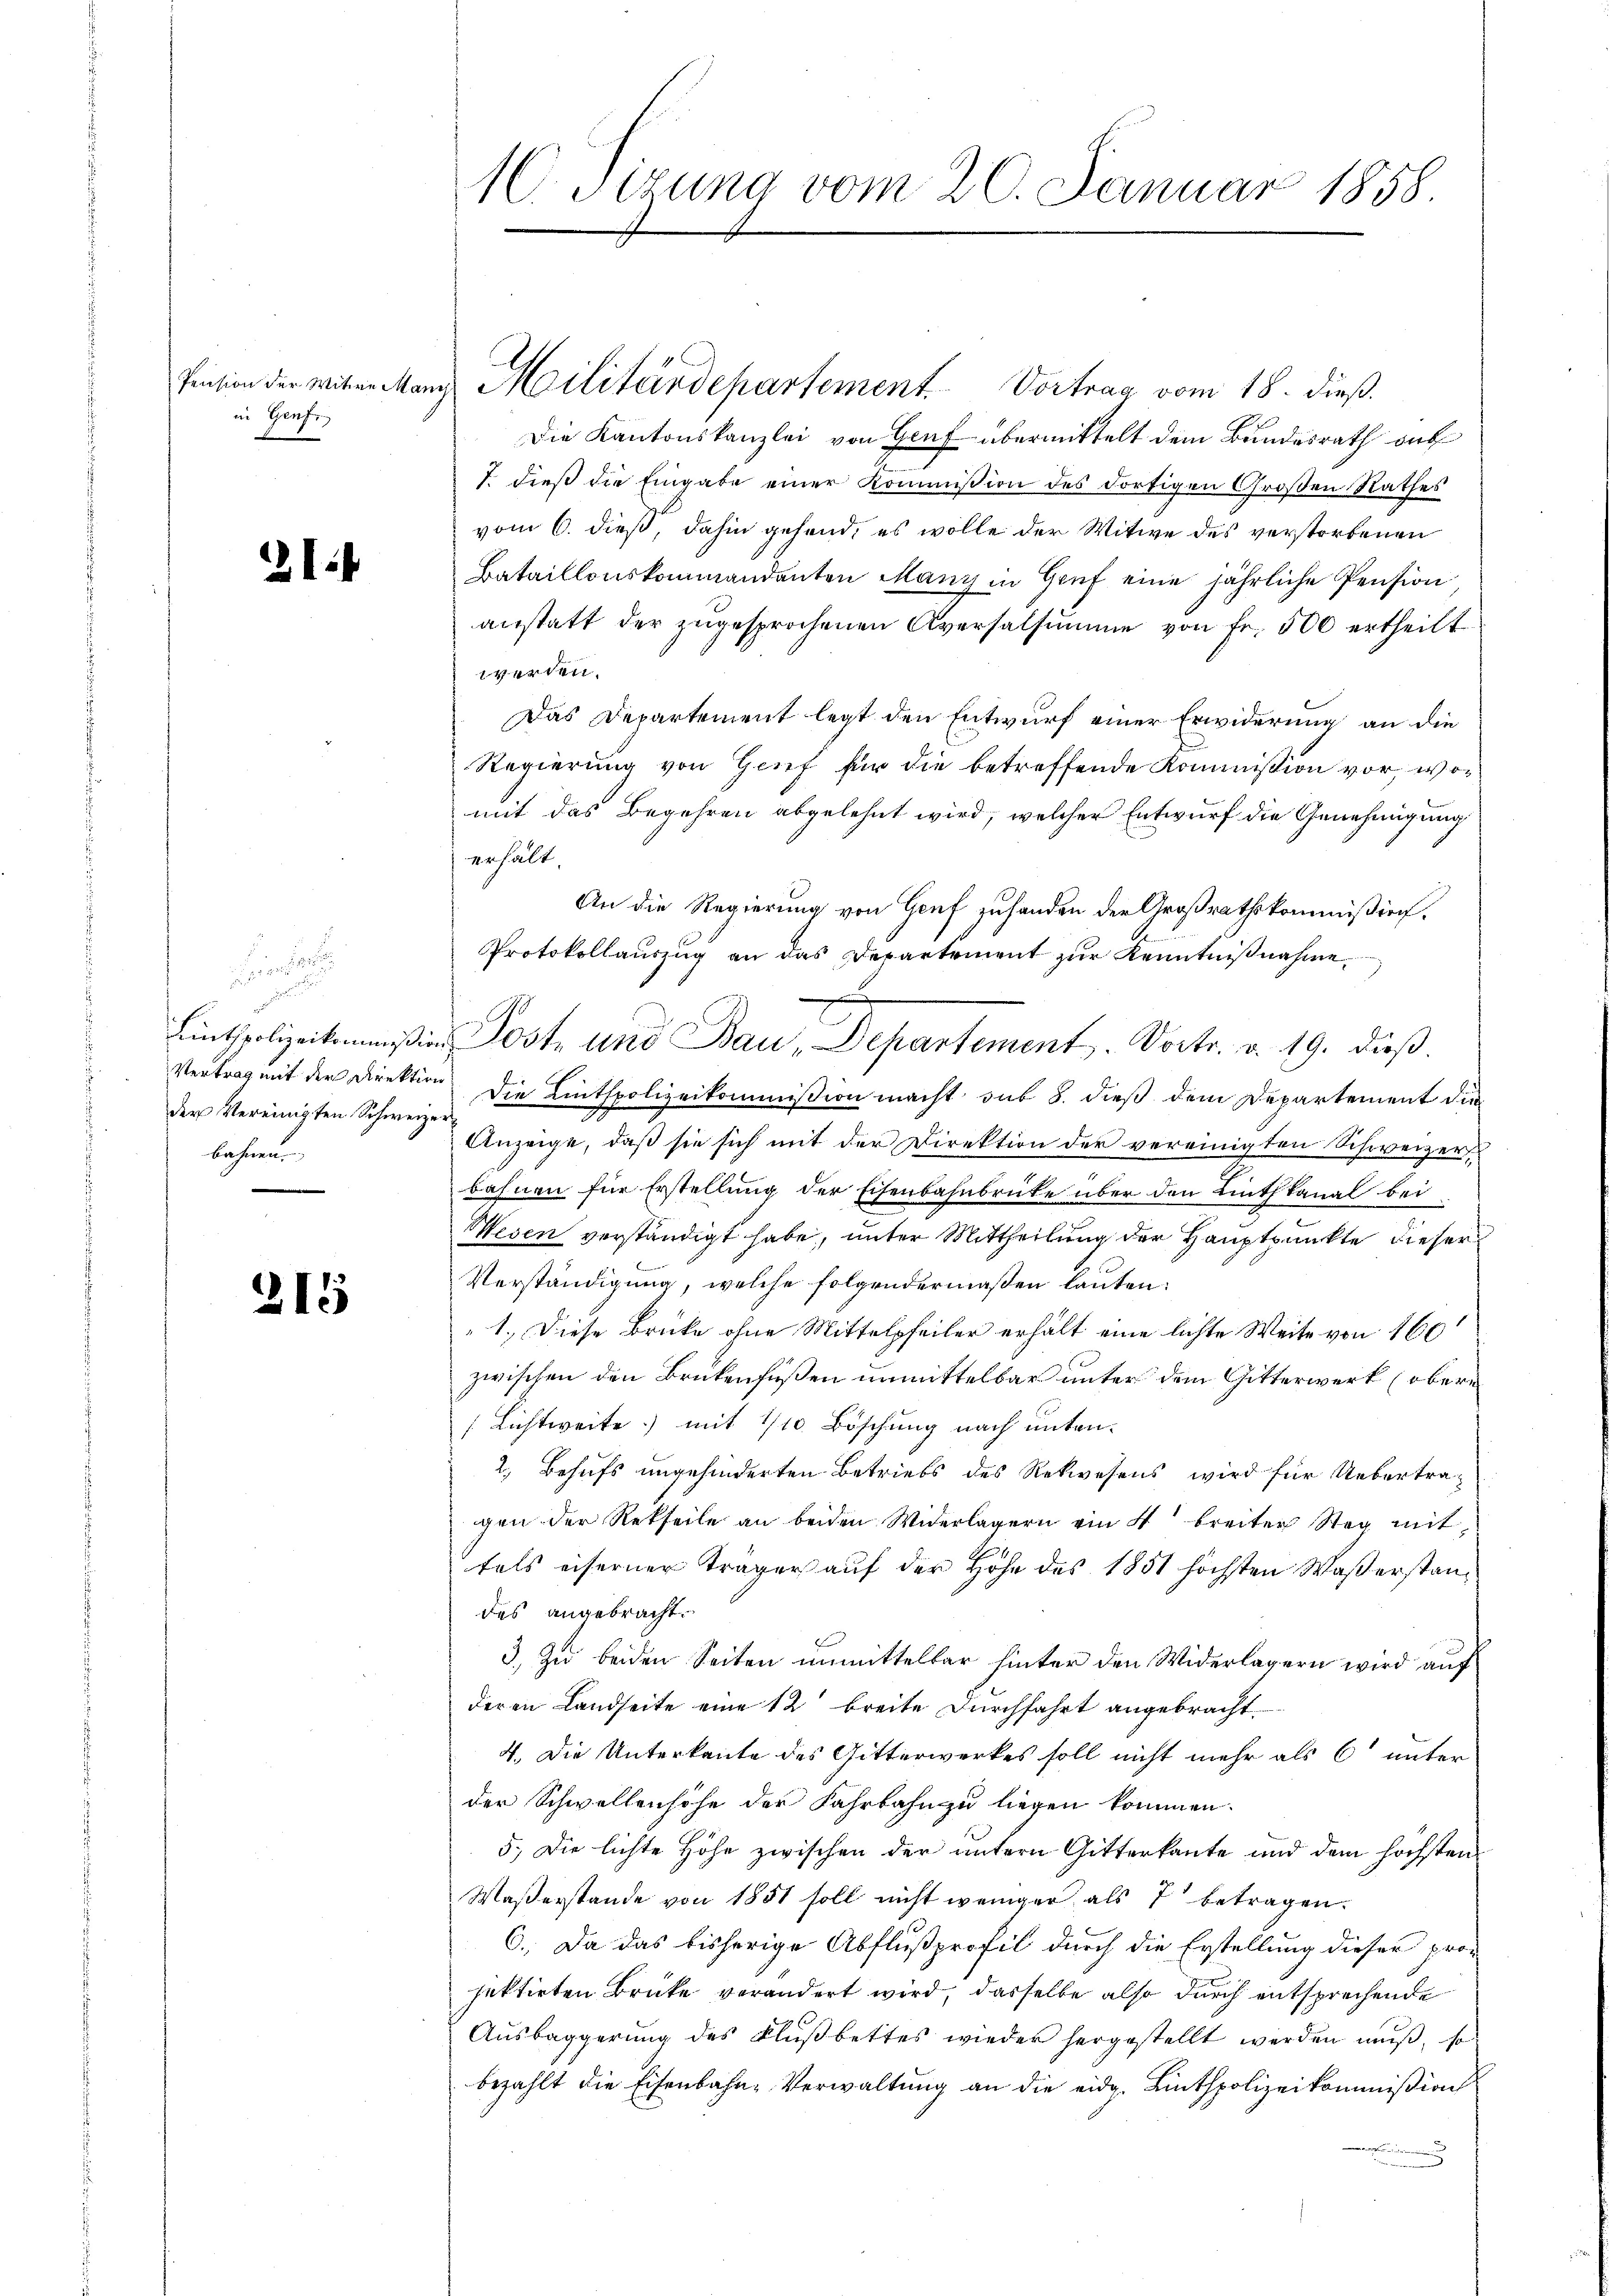
in Genf

21

der Vereinigten Schweizerbahnen

215

M. dirung vom 20. Januar 1858.

Pension der witwe Manz Militärdepartement Vortrag vom 18. dieß.
Die Kantonskanzlei von Gruf übermittelt dem Bundesrath auf
7. dieß die Eingabe einer Kommission des dortigen Großen Rathes
vom 6. dieß, dahin gehend, es wolle der Witwe des verstorbenen
Bataillonskommandanten Many in Gruf eine jährliche Pension
anstatt der zugesprochenen Aversalsumme von Fr. 500 ertheilt
werden.
Das Departement legt den Entwurf einer Erwiderung an die
Regierung von Genf für die betreffende Kommission vor, womit das Begehren abgelehnt wird, welcher Entwurf die Genehmigung
erhält.
An die Regierung von Genf zuhanden der Großrathskommißion.
Protokollauszug an das Departement zur Kenntnißnahme
Vertrag mit der Direktion die Lintspolizeikommißion macht sub 8. dieß dem Departement die
Anzeige, daß sie sich mit der Direktion der vereinigten Schweizer
bahnen für Erstellung der Eisenbahnbrüte über den Linthkanal bei
Mesen verständigt habe, unter Mittheilung der Hauptpunkte dieser
Verständigung, welche folgendermaßen lauten.
„1. Diese Brücke ohne Mittelpfeiler erhält eine lichte Weite von 160
zwischen den Brükenfüßen unmittelbar unter dem Gitterwerk (obere
Lichtweite) mit 1/10 Böschung nach unten¬
2. Behufs ungehinderten Betriebs des Rekwesens wird für Uebertragen der Rekteile an beiden Widerlagern ein 4 breiter Steg mit
tels eiserner Träger auf der Höhe des 1851 höchsten Waßerstandes angebracht.
3.) Zu beiden Seiten unmittelbar hinter den Widerlagern wird auf
deren Landseite eine 12’ breite Durchfahrt angebracht.
4. Die Unterkante des Gitterwerkes soll nicht mehr als 6 unter
der Schwellenhöhe der Fahrbahn zu liegen kommen.
5.) Die lichte Höhe zwischen der untern Gitterkante und dem höchsten
Waßerstande von 1851 soll nicht weniger als 7 betragen.
6.) Da das bisherige Abflußprofil durch die Erstellung dieser pro-
jektirten Brüke verändert wird, dasselbe also durch entsprechende
Ausbaggerung des Flußbettes wieder hergestellt werden muß, so
bezahlt die Eisenbahn- Verwaltung an die eidg. Linthpolizeikommißion

Linthspolizeikommißion Post und Bau, Departement. Doctr. v. 19. dieß.